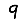
Digit: 9